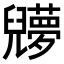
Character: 𠓔